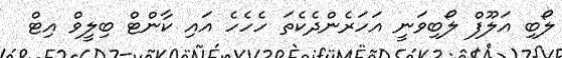
ލޯބި އަލޫފް ލޯބިވަނީ އަހަރެންދެކެތަ ހެހެހެ އައި ކާންޓް ބިލީވް އިޓް